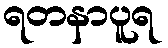
ရတနာပူရ